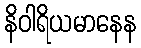
နိဝါရိယမာနေန